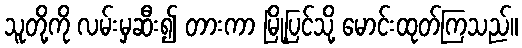
သူတို့ကို လမ်းမှဆီး၍ တားကာ မြို့ပြင်သို့ မောင်းထုတ်ကြသည်။